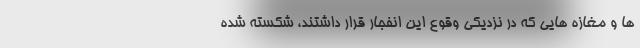
ها و مغازه هایی که در نزدیکی وقوع این انفجار قرار داشتند، شکسته شده